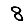
Digit: 8